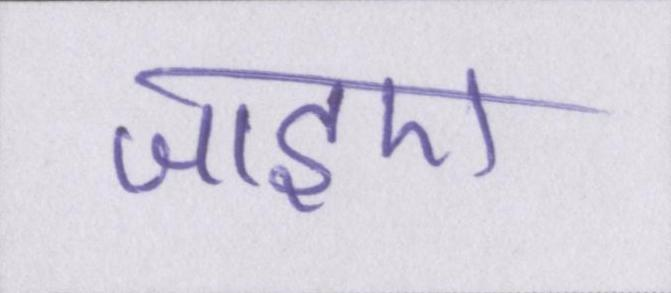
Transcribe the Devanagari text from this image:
जाइए